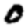
Digit: 0